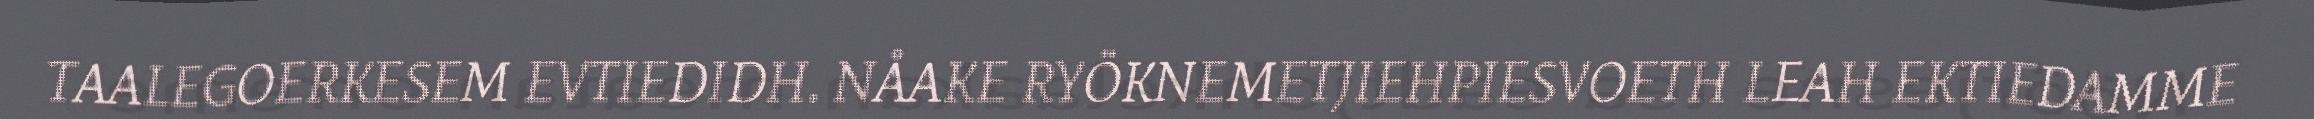
TAALEGOERKESEM EVTIEDIDH. NÅAKE RYÖKNEMETJIEHPIESVOETH LEAH EKTIEDAMME